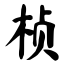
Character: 桢